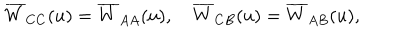
\overline { { { W } } } _ { C C } ( u ) = \overline { { { W } } } _ { A A } ( u ) , ~ \overline { { { W } } } _ { C B } ( u ) = \overline { { { W } } } _ { A B } ( u ) ,